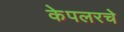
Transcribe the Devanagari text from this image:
केपलरचे